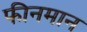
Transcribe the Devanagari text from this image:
फीनमान